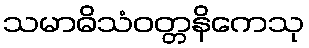
သမာဓိသံဝတ္တနိကေသု